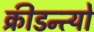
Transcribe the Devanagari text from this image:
क्रीडन्त्यो